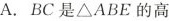
A.BC是△ABE的高